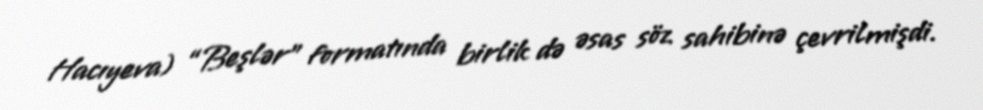
Hacıyeva) “Beşlər” formatında birlik də əsas söz sahibinə çevrilmişdi.